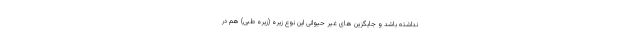
نداشته باشد و جایگزین های غیر حیوانی این نوع زیره (زیره طبی) هم در